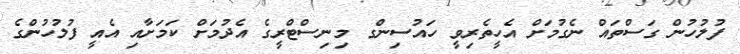
ފުލުހުން ގަސްތައް ނެގުމަށް އެހީތެރިވީ ހައުސިންގ މިނިސްޓްރީގެ އެދުމަށް ކަމަށާއި އެއީ ފުލުހުންގެ